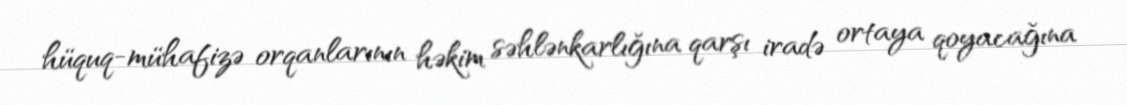
hüquq-mühafizə orqanlarının həkim səhlənkarlığına qarşı iradə ortaya qoyacağına